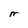
Character: n